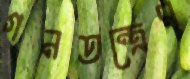
গনতন্ত্রের